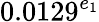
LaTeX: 0.0129^{e_{1}}